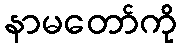
နာမတော်ကို